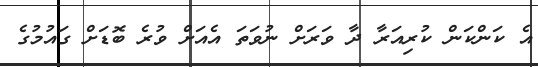
އެ ކަންކަން ކުރިއަރާ ދާ ވަރަށް ނުވަތަ އެއަށް ވުރެ ބޮޑަށް ގައުމުގެ